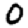
Digit: 0